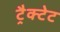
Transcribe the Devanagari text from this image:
ट्रैक्टेट